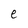
Character: e